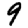
Digit: 9